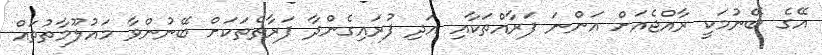
އޭގެ ބޭނުމަކީ ރާއްޖެއަށް އަންނަ ފަރާއްތަކާއި އަދި ފުރައިގެންދާ ފަރާތްތަކަށް ބޭނުންވާ މައުލޫމާތުތައް